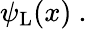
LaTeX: \psi_{\mathrm{{L}}}(x)~.